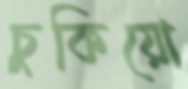
চুকিয়ো